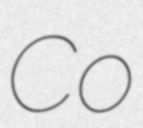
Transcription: Co